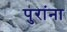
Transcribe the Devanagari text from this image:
पुरांना